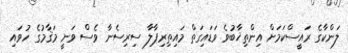
ލަންކާގެ ރައީސްކަމަށް އިންތިޚާބުވެ ވަޑައިގަތް މައިތިރިޕާލާ ސިރިސެނާ ވެސް ވަނީ މަޤާމުގެ ހުވައި